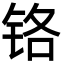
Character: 铬